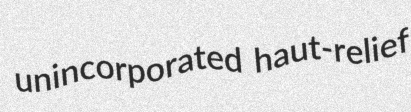
unincorporated haut-relief